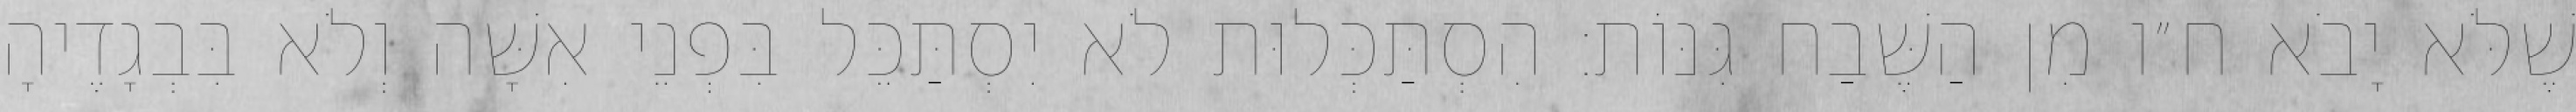
שֶׁלֹּא יָבֹא ח״ו מִן הַשֶּׁבַח גִּנּוֹת: הִסְתַּכְּלוּת לֹא יִסְתַּכֵּל בִּפְנֵי אִשָּׁה וְלֹא בִּבְגָדֶיהָ